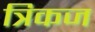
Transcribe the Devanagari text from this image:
त्रिकज